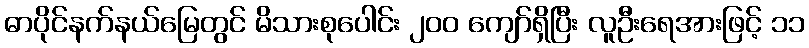
ဓာပိုင်နက်နယ်မြေတွင် မိသားစုပေါင်း ၂၀၀ ကျော်ရှိပြီး လူဦးရေအားဖြင့် ၁၁